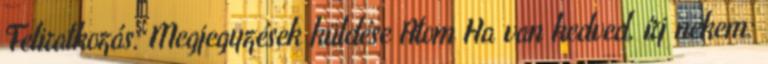
Feliratkozás: Megjegyzések küldése Atom Ha van kedved, írj nekem: